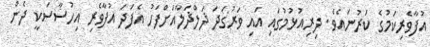
އުފާވެރިކަމުގެ ކަރުނައެވެ. ދިރިއުޅުމުގައި އައި ވަރުގަދަ ޛަލްޛަލާއަށްފަހު އެފަދަ އުފާވެރި އިހުސާސަކީ ދެން